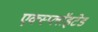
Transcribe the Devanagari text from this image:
एक्स्प्लाॅइटेड